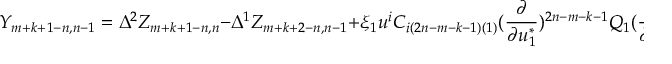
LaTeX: Y _ { m + k + 1 - n , n - 1 } = \Delta ^ { 2 } Z _ { m + k + 1 - n , n } - \Delta ^ { 1 } Z _ { m + k + 2 - n , n - 1 } + \xi _ { 1 } u ^ { i } C _ { i ( 2 n - m - k - 1 ) ( 1 ) } ( { \frac { \partial } { \partial u _ { 1 } ^ { * } } } ) ^ { 2 n - m - k - 1 } Q _ { 1 } ( { \frac { \partial } { \partial u _ { 2 } ^ { * } } } ) ^ { 1 } Q _ { 2 } ,